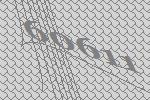
60611